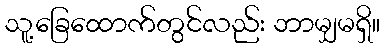
သူ့ခြေထောက်တွင်လည်း ဘာမျှမရှိ။